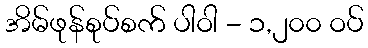
အိမ်ဖုန်စုပ်စက် ပါဝါ - ၁,၂၀၀ ဝပ်